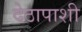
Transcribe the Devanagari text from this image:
देठापाशी